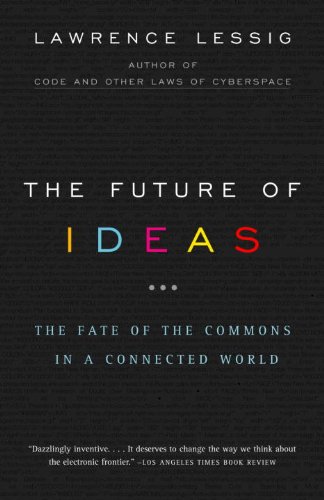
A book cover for The Future of Ideas: The Fate of the Commons in a Connected World; Lawrence Lessig; Law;